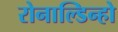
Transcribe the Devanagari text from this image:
रोनाल्‍डिन्‍हो